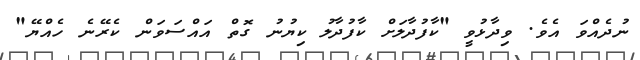
ނުދެއްވަ އެވެ. ވިދާޅުވީ "ކާފުދާލަށް ކާފުދާލު ކިޔުނު ގޮތް އައްސަވަން ކެރޭނެ ހެއްޔޭ"